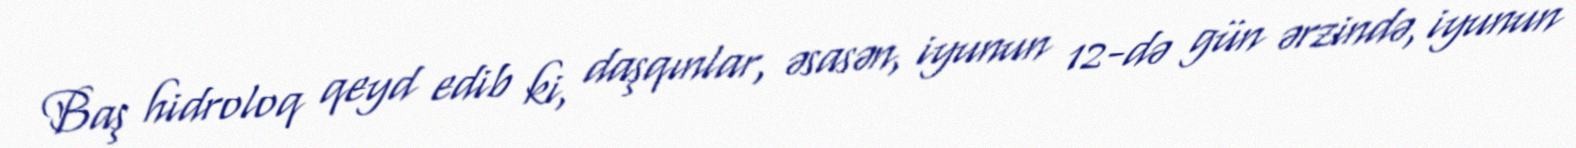
Baş hidroloq qeyd edib ki, daşqınlar, əsasən, iyunun 12-də gün ərzində, iyunun